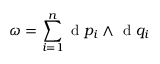
\omega = \sum _ { i = 1 } ^ { n } \mathrm { ~ d ~ } p _ { i } \wedge \mathrm { ~ d ~ } q _ { i }